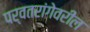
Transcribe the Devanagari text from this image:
पर्वतरांगेवरील